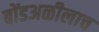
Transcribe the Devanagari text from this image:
बोंडअळीलाच